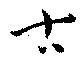
古